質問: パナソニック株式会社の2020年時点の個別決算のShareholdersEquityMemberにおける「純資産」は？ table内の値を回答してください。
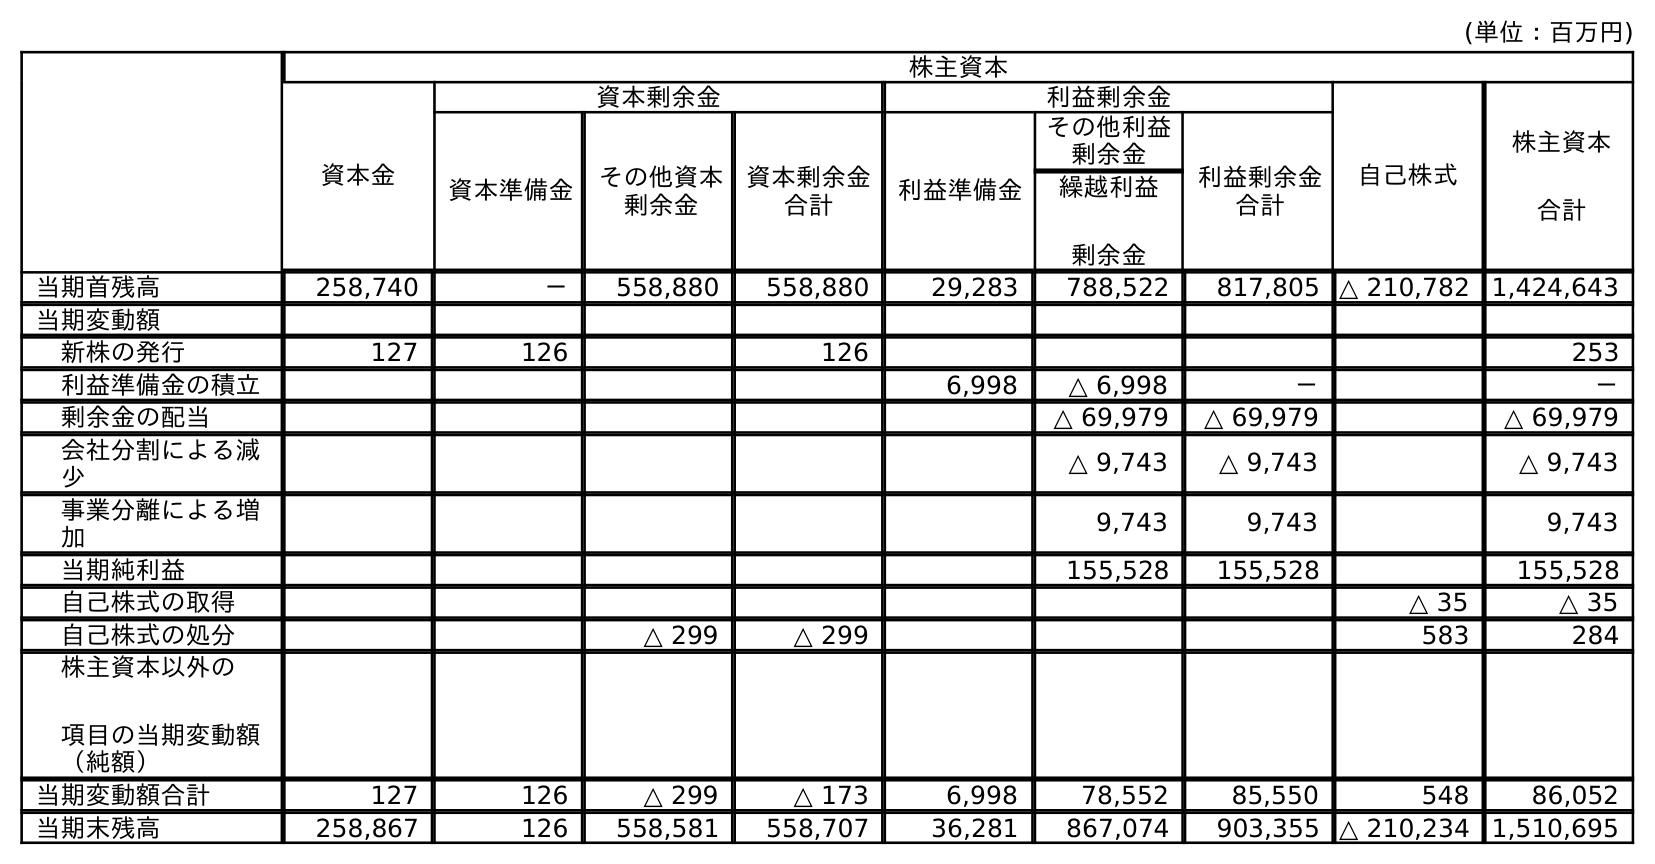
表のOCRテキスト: (単位：百万円) 株主資本 資本金 資本剰余金 利益剰余金 自己株式 株主資本 合計 資本準備金 その他資本 剰余金 資本剰余金 合計 利益準備金 その他利益 剰余金 利益剰余金 合計 繰越利益 剰余金 当期首残高 258,740 － 558,880 558,880 29,283 788,522 817,805 △ 210,782 1,424,643 当期変動額 新株の発行 127 126 126 253 利益準備金の積立 6,998 △ 6,998 － － 剰余金の配当 △ 69,979 △ 69,979 △ 69,979 会社分割による減 少 △ 9,743 △ 9,743 △ 9,743 事業分離による増 加 9,743 9,743 9,743 当期純利益 155,528 155,528 155,528 自己株式の取得 △ 35 △ 35 自己株式の処分 △ 299 △ 299 583 284 株主資本以外の 項目の当期変動額 （純額） 当期変動額合計 127 126 △ 299 △ 173 6,998 78,552 85,550 548 86,052 当期末残高 258,867 126 558,581 558,707 36,281 867,074 903,355 △ 210,234 1,510,695
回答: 1,510,695